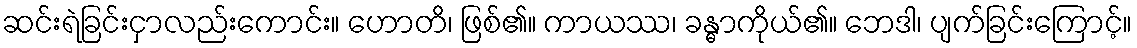
ဆင်းရဲခြင်းငှာလည်းကောင်း။ ဟောတိ၊ ဖြစ်၏။ ကာယဿ၊ ခန္ဓာကိုယ်၏။ ဘေဒါ၊ ပျက်ခြင်းကြောင့်။